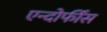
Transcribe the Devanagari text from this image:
एन्दोर्फींस